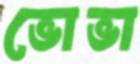
ভোভা